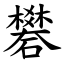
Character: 礬